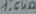
Text: 1.6kΩ